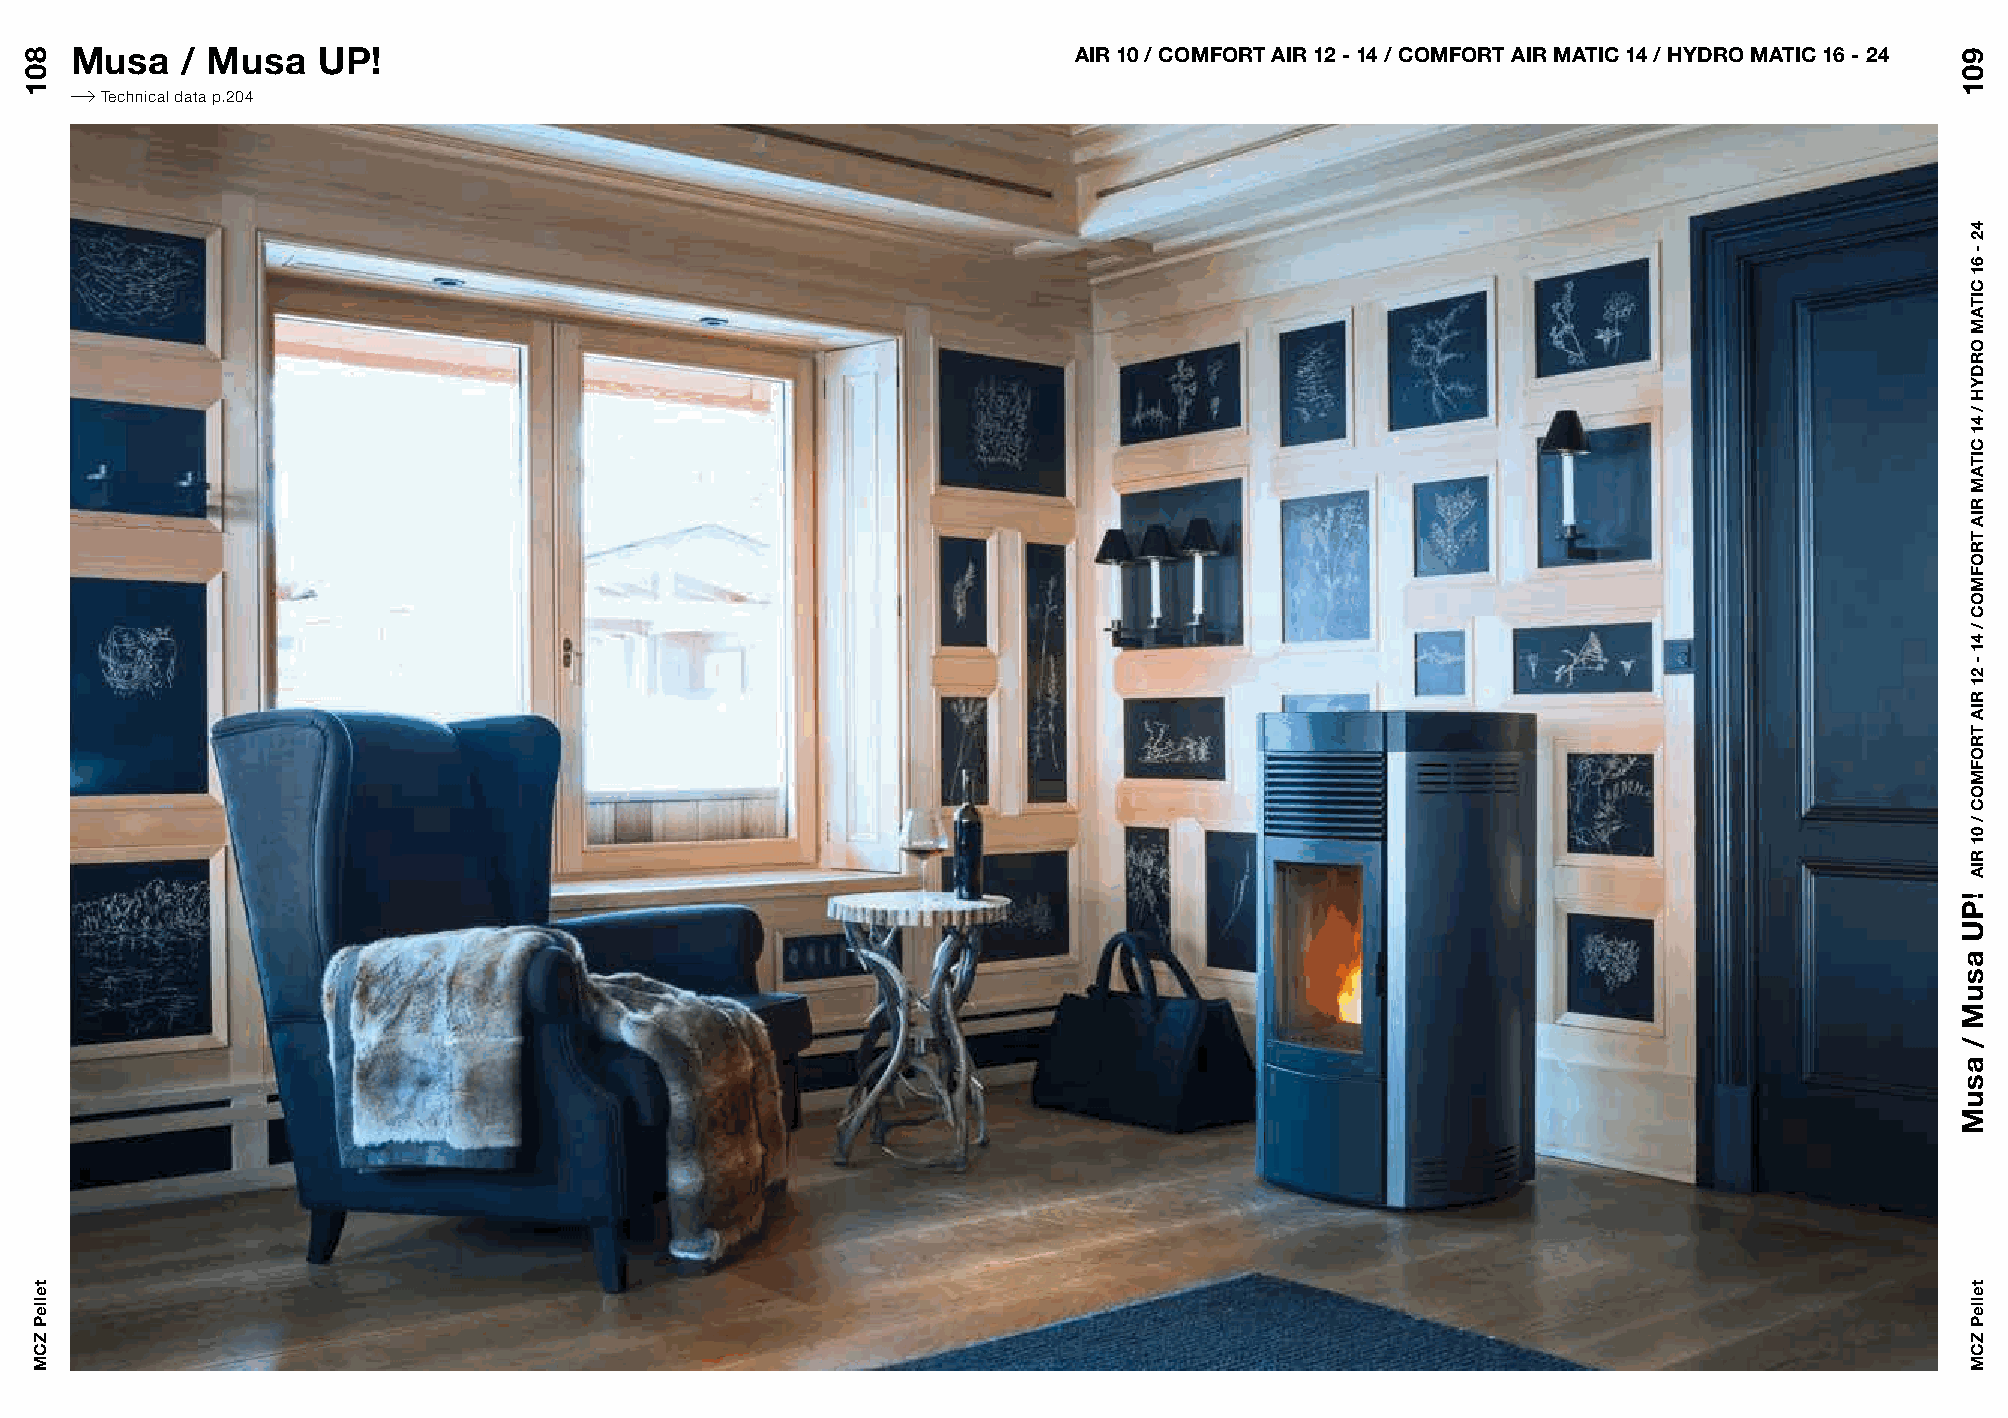
Musa   / Musa   UP!                                               AIR 10 / COMFORT AIR 12 - 14 / COMFORT AIR MATIC 14 / HYDRO MATIC 16 - 24
 Technical data p.204
 801
 telleP
 ZCM
 901
 !PU
 asuM
 /
 asuM
 42
 -
 61
 CITAM
 ORDYH
 /
 41
 CITAM
 RIA
 TROFMOC
 /
 41
 -
 21
 RIA
 TROFMOC
 /
 01
 RIA
 telleP
 ZCM